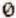
0